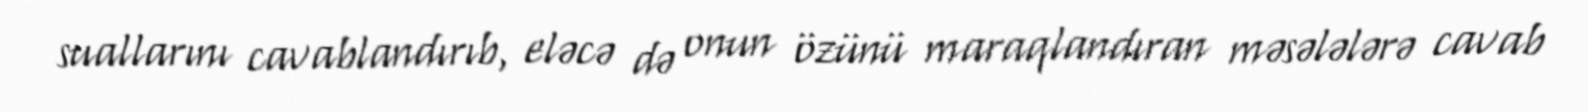
suallarını cavablandırıb, eləcə də onun özünü maraqlandıran məsələlərə cavab